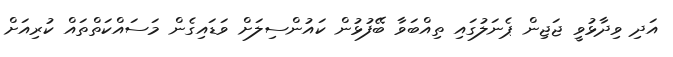
އަދި ވިދާޅުވީ ޖަޖިން ޕެނަލުގައި ތިއްބަވާ ބޭފުޅުން ކައުންސިލަށް ވަޑައިގެން މަސައްކަތްތައް ކުރިއަށް